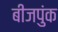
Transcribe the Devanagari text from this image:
बीजपुंक